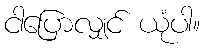
ငါပြောလျှင် ယုံပါ။